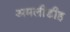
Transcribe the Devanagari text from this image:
अमलीडीह